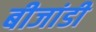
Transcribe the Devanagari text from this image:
बीजांडी